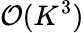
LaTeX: \mathcal{O}(K^{3})